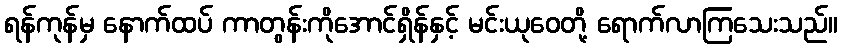
ရန်ကုန်မှ နောက်ထပ် ကာတွန်းကိုအောင်ရှိန်နှင့် မင်းယုဝေတို့ ရောက်လာကြသေးသည်။